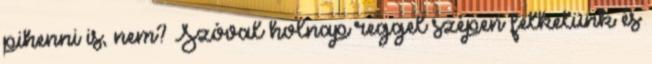
pihenni is, nem? Szóval holnap reggel szépen felkelünk és